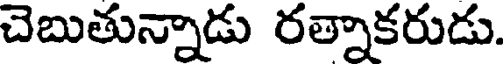
చెబుతున్నాడు రత్నాకరుడు.